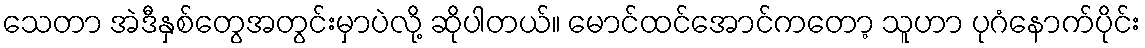
သေတာ အဲဒီနှစ်တွေအတွင်းမှာပဲလို့ ဆိုပါတယ်။ မောင်ထင်အောင်ကတော့ သူဟာ ပုဂံနောက်ပိုင်း